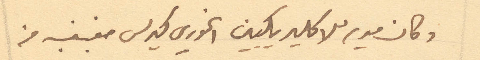
وكان مدير للاكليريكيين الخوري كيرلس مغبغب من